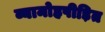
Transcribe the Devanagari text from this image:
व्यामोहपीड़ित